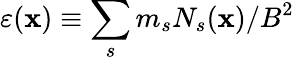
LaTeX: \varepsilon({\mathbf x})\equiv\sum_{s}{m_{s}N_{s}({\mathbf x})/B^{2}}